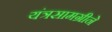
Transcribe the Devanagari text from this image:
यंत्रसामग्रीने